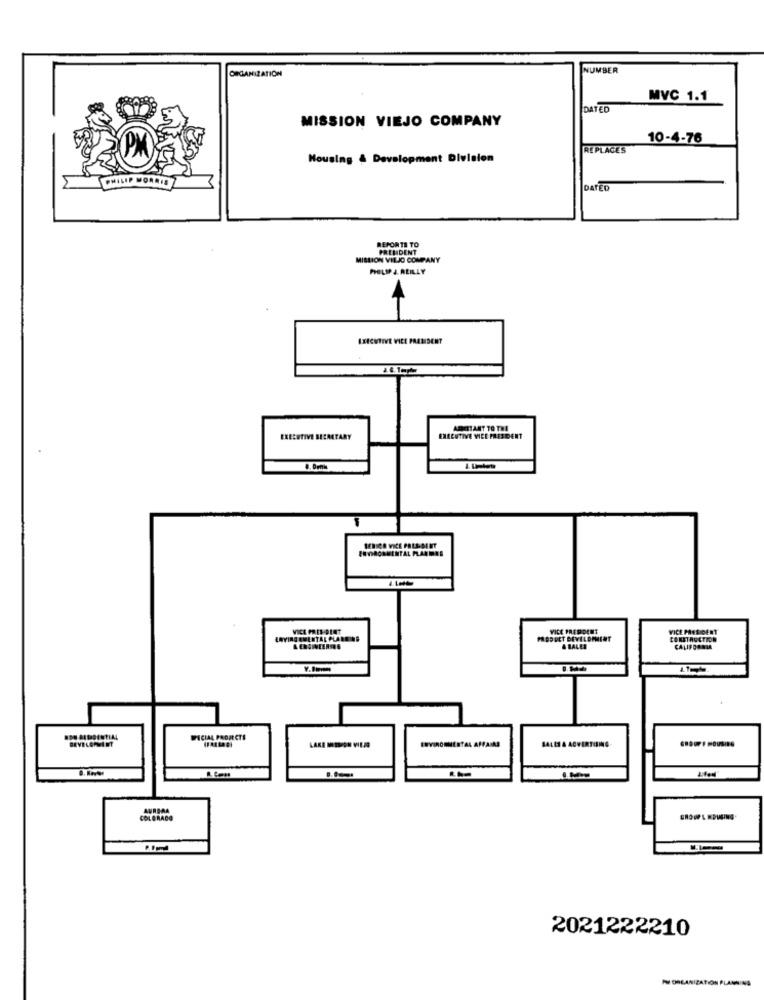
ORGANIZATION
NUMBER
MVC 1.1
DATED
MISSION VIEJO COMPANY
10-4-76
REPLACES
Housing & Development Division
PHILIP
DATED
REPORTS TO
PRENDENT
HISLION VILJO COMPANY
PHILIP &. REILLY
EXECUTIVE VICE PRESIDENT
ASITANT TO THE
EXECUTIVE SECRETARY
EXECUTIVE VICE PRESIDENT
VICE PRESIDENT
VICE PRESIDENT
ENVIRONMENTAL PLANE
PRODUCT DEVELOPMENT
CONSTRUCTION
& BALLA
CALIFORNIA
WICIAL PROJECTS
ENVIRONMENTAL AFFAIRS
S4111 & ACVERTISING
COLORADO
2021222210
IN ORGANIZATION PLANNING